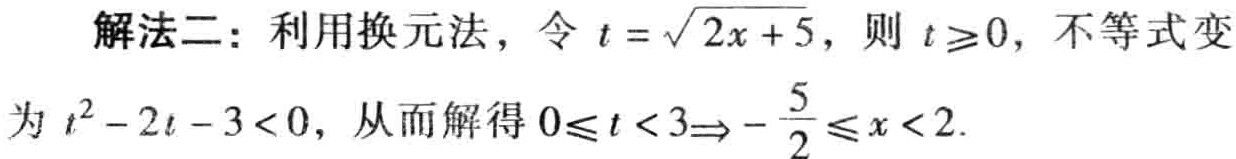
解法二：利用换元法，令 \(t = \sqrt{2x + 5}\)，则 \(t\geq0\)，不等式变为 \(t^{2}-2t - 3<0\)，从而解得 \(0\leq t < 3\Rightarrow-\frac{5}{2}\leq x < 2\).